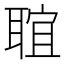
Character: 𦖑